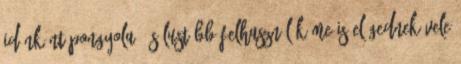
időnként pongyola, és lustább felhasználók me is elégednek vele